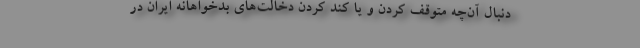
دنبال آن‌چه متوقف کردن و یا کند کردن دخالت‌های بدخواهانه ایران در